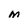
Character: M